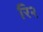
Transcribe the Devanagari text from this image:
रि२